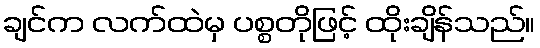
ချင်က လက်ထဲမှ ပစ္စတိုဖြင့် ထိုးချိန်သည်။